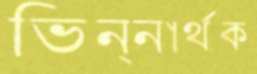
ভিন্নার্থক